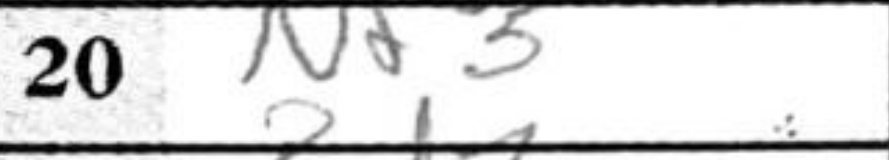
Transcription: Nf3